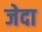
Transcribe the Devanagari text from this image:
जेदा